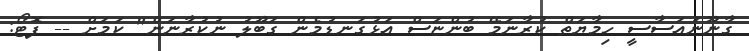
ގާނޫނުއަސާސީ ހިމާޔަތް ކުރާނަމޭ ބުންޏަސް އަޅުގަނޑުމެން ގަބޫލު ނުކުރާނަން" ކަމަށް -- ފޮޓޯ: